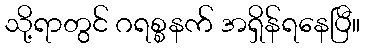
သို့ရာတွင် ဂရစ္စနက် အရှိန်ရနေပြီ။